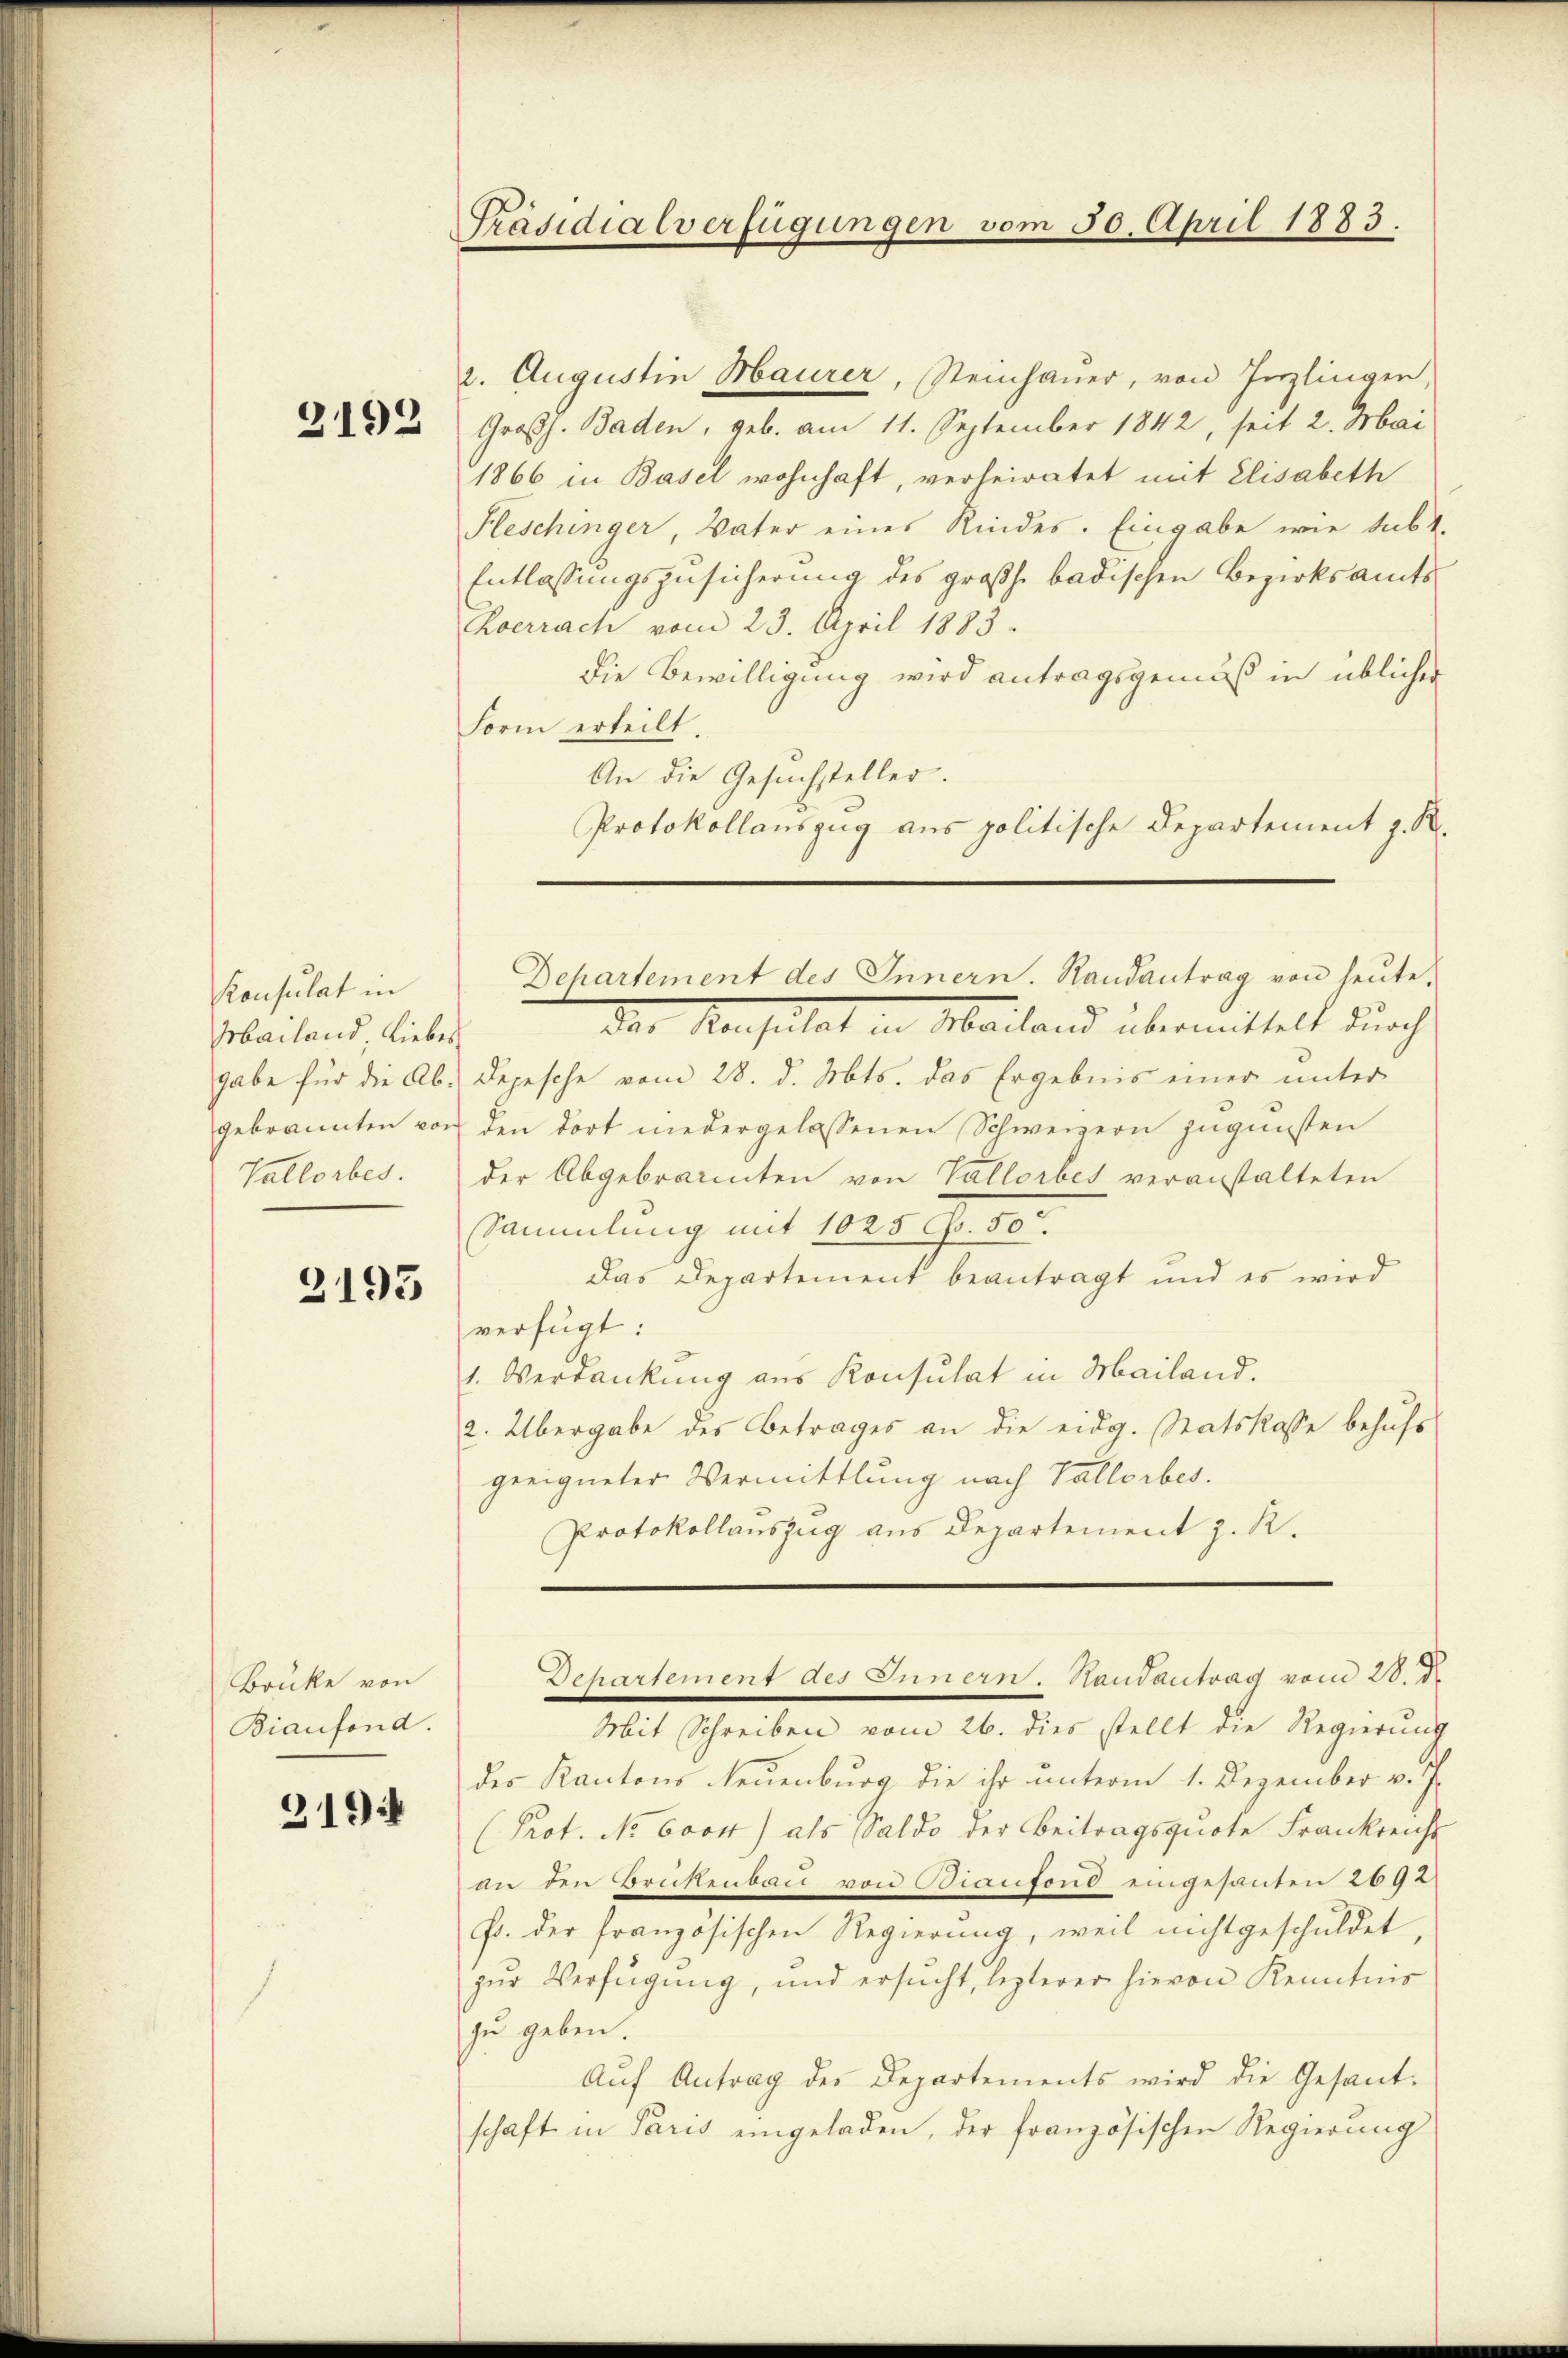
2192

Konsulat in
Mailand, Liebes
gabe für die Ab-
gebrannten vor
Vallorbes.

2193

Brüke von
Biaufond.

3194

Präsidialverfügungen vom 30. April 1883.

2. Augustin Maurer, Steinhauer, von Inzlingen,
Großh. Baden, geb. am 11. September 1842, seit 2. Mai
1866 in Basel wohnhaft, verheiratet mit Elisabeth
Kleschinger, Vater eines Rindes. Eingabe wie subt.
Entlassungszusicherung des großh. badischen Bezirksamts
Roerrich vom 23. April 1883.
Die Bewilligung wird antragsgemäß in üblicher
Form erteilt.
An die Gesuchsteller.
Protokollanszug aus politische Departement z. R.
Der Konsulat in Mailand übermittelt durch
Depesche vom 28. d. Mts. das Ergebnis einer unter
den dort niedergelassenen Schweizern zugunsten
der Abgebrannten von Vallorbes veranstalteten
Sammlung mit 1025 Fr. 50
Das Departement beantragt und es wird
verfügt:
1. Verdankung aus Konsulat in Mailand.
2. Übergabe des Betrages an die eidg. Statskasse behufs
geeigneter Vermittlung nach Vallorbes.
Protokollauszug aus Departement z. R.

Mit Schreiben vom 26. dies stellt die Regierung
des Kantons Neuenburg die ihr unterm 1. Dezember v. J.
(Prot. No 6000) als Saldo der Beitragsquote Frankreich
an den Brikenbau von Bianfond eingesanten 2692
F. der französischen Regierung, weil nicht geschuldet,
zur Verfügung, und ersucht, lezterer hievon Kenntnis
zu geben.
Aŭf Antrag des Departements wird die Gesant-
schaft in Paris eingeladen, der französischen Regierung

Dchartement des Innern. Randantrag von heute,

Departement des Innern. Handantrag vom 28. d.